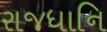
રાજધાનિ